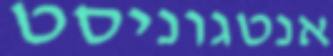
אנטגוניסט